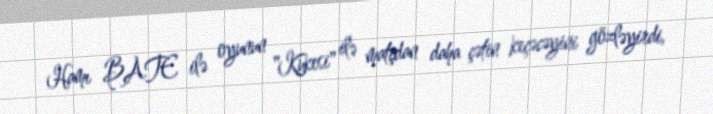
Hamı BATE ilə oyunun "Kukesi" ilə matçdan daha çətin keçəcəyini gözləyirdi,